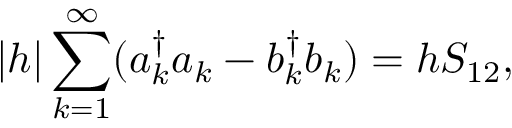
| h | \sum _ { k = 1 } ^ { \infty } ( a _ { k } ^ { \dagger } a _ { k } - b _ { k } ^ { \dagger } b _ { k } ) = h S _ { 1 2 } ,